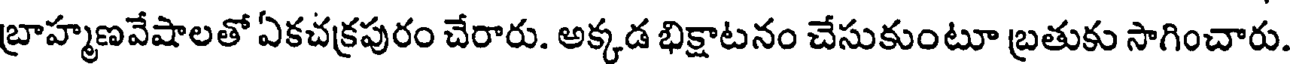
బ్రాహ్మణవేషాలతో ఏకచక్రపురం చేరారు. అక్కడ భిక్షాటనం చేసుకుంటూ బ్రతుకు సాగించారు.